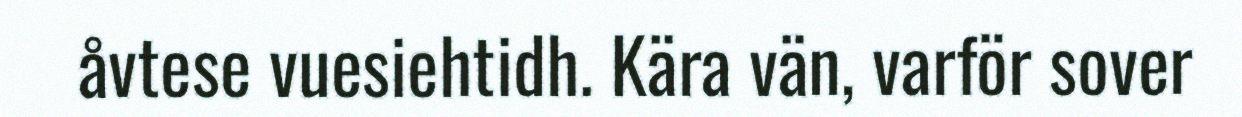
åvtese vuesiehtidh. Kära vän, varför sover